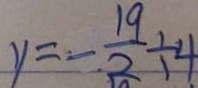
y = - \frac { 1 9 } { 2 } \div 4